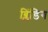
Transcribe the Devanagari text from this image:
ब्लिंडिग